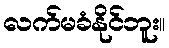
လက်မခံနိုင်ဘူး။